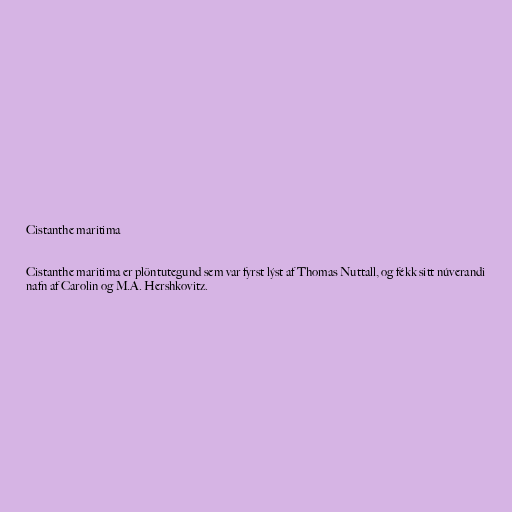
Cistanthe maritima

Cistanthe maritima er plöntutegund sem var fyrst lýst af Thomas Nuttall, og fékk sitt núverandi
nafn af Carolin og M.A. Hershkovitz.